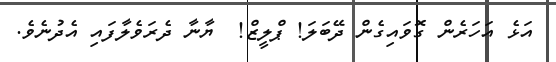
އަޅެ އަހަރެން ގޮވައިގެން ދޭބަލަ! ޕްލީޒް!  ޔާނާ ދެރަވެލާފައި އެދުނެވެ.